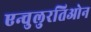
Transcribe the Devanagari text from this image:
एन्चुलुरतिओन